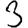
Digit: 3